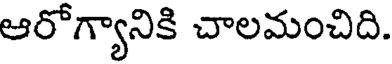
ఆరోగ్యానికి చాలమంచిది.